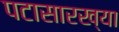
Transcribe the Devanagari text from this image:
पटासारख्या